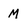
Character: M